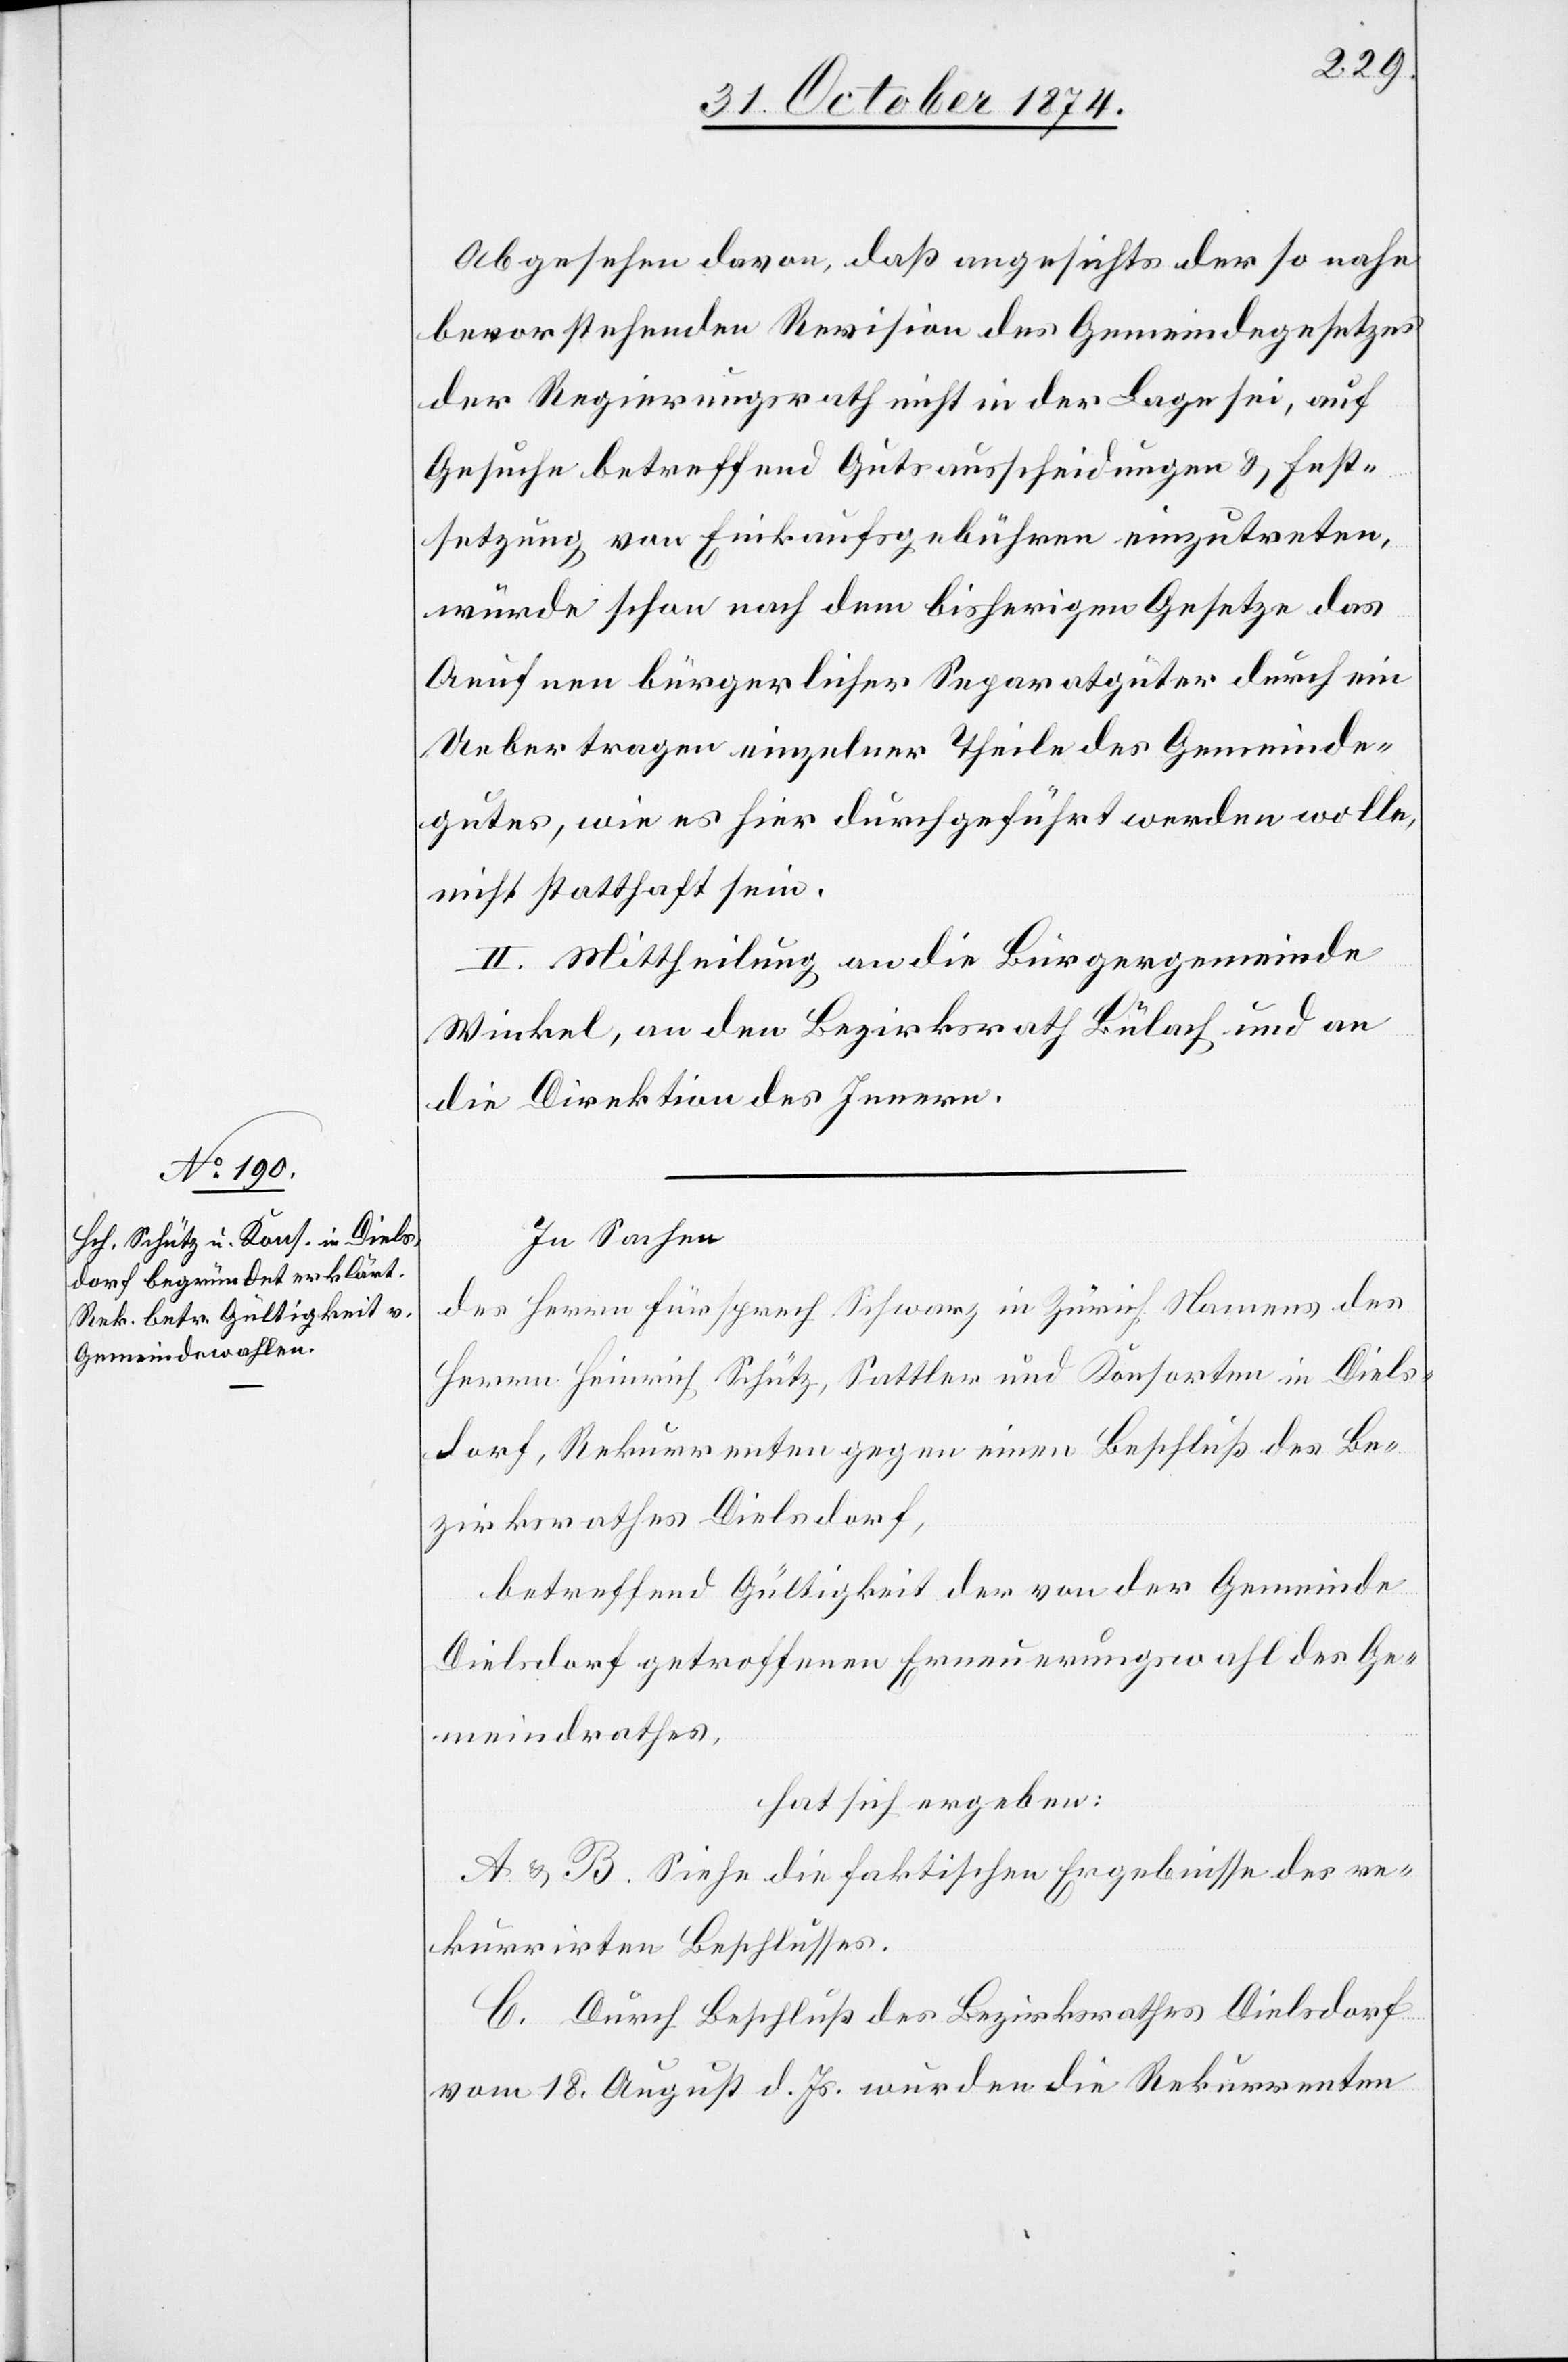
Abgesehen davon, daß angesichts der so nahe
bevorstehenden Revision des Gemeindegesetzes
der Regierungsrath nicht in der Lage sei, auf
Gesuche betreffend Gutsausscheidungen & Fest¬
setzung von Einkaufsgebühren einzutreten,
würde schon nach dem bisherigen Gesetze das
Aeufnen bürgerlicher Separatgüter durch ein
Uebertragen einzelner Theile des Gemeinde¬
gutes, wie es hier durchgeführt werden wolle,
nicht statthaft sein.
II. Mittheilung an die Bürgergemeinde
Winkel, an den Bezirksrath Bülach und an
die Direktion des Innern.
In Sachen
des Herrn Fürsprech Schwarz in Zürich Namens des
Herrn Heinrich Schütz, Sattler und Konsorten in Diels¬
dorf, Rekurrenten gegen einen Beschluß des Be¬
zirksrathes Dielsdorf,
betreffend Gültigkeit der von der Gemeinde
Dielsdorf getroffenen Erneuerungswahl des Ge¬
meindrathes,
hat sich ergeben:
A & B. Siehe die faktischen Ergebnisse des re¬
kurrirten Beschlusses.
C. Durch Beschluß des Bezirksrathes Dielsdorf
vom 18. August d. Js. wurden die Rekurrenten